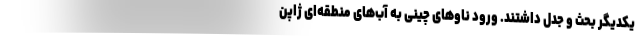
یکدیگر بحث و جدل داشتند. ورود ناوهای چینی به آب‌های منطقه‌ای ژاپن